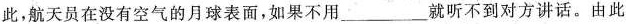
此，航天员在没有空气的月球表面，如果不用 ___ 就听不到对方讲话。由此